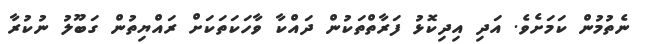
ނެތުމުން ކަމަށެވެ. އަދި އިދިކޮޅު ފަރާތްތަކުން ދައްކާ ވާހަކަތަކަށް ރައްޔިތުން ގަބޫލު ނުކުރާ